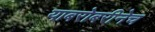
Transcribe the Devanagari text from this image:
याबरोबरीनेच